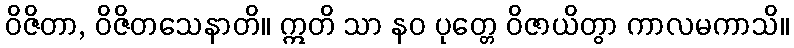
ဝိဇိတာ, ဝိဇိတသေနာတိ။ ဣတိ သာ နဝ ပုတ္တေ ဝိဇာယိတွာ ကာလမကာသိ။